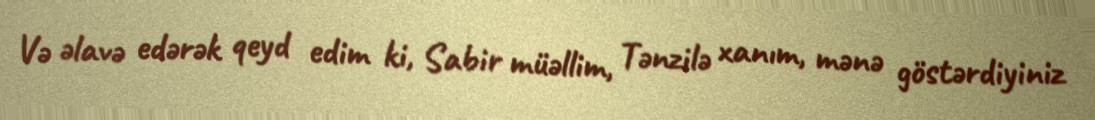
Və əlavə edərək qeyd edim ki, Sabir müəllim, Tənzilə xanım, mənə göstərdiyiniz